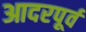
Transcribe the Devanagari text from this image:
आदरपूर्व